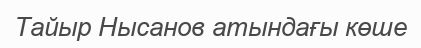
Тайыр Нысанов атындағы көше